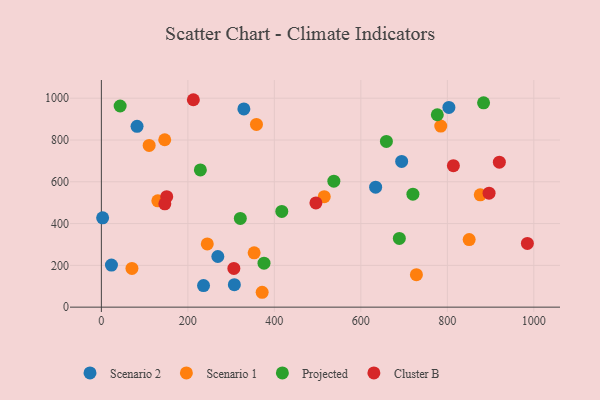
{"axis": {"x": "Experience", "y": "Profit"}, "legend": ["Cluster B", "Projected", "Scenario 1", "Scenario 2"], "data": [{"x": "269.3", "y": 242.4, "type": "Scenario 2"}, {"x": "307.5", "y": 107.4, "type": "Scenario 2"}, {"x": "236.2", "y": 103.5, "type": "Scenario 2"}, {"x": "329.5", "y": 948.6, "type": "Scenario 2"}, {"x": "694.4", "y": 697.3, "type": "Scenario 2"}, {"x": "82.5", "y": 865.3, "type": "Scenario 2"}, {"x": "23.3", "y": 201.2, "type": "Scenario 2"}, {"x": "803.6", "y": 956.0, "type": "Scenario 2"}, {"x": "634.2", "y": 574.3, "type": "Scenario 2"}, {"x": "2.9", "y": 427.5, "type": "Scenario 2"}, {"x": "110.5", "y": 773.9, "type": "Scenario 1"}, {"x": "70.7", "y": 185.2, "type": "Scenario 1"}, {"x": "358.6", "y": 874.6, "type": "Scenario 1"}, {"x": "850.5", "y": 323.5, "type": "Scenario 1"}, {"x": "130.5", "y": 508.8, "type": "Scenario 1"}, {"x": "353.3", "y": 259.8, "type": "Scenario 1"}, {"x": "244.9", "y": 302.5, "type": "Scenario 1"}, {"x": "515.4", "y": 528.5, "type": "Scenario 1"}, {"x": "728.5", "y": 155.2, "type": "Scenario 1"}, {"x": "784.8", "y": 866.7, "type": "Scenario 1"}, {"x": "876.1", "y": 537.7, "type": "Scenario 1"}, {"x": "371.8", "y": 71.2, "type": "Scenario 1"}, {"x": "146.5", "y": 801.2, "type": "Scenario 1"}, {"x": "43.4", "y": 962.6, "type": "Projected"}, {"x": "321.3", "y": 424.6, "type": "Projected"}, {"x": "376.1", "y": 210.5, "type": "Projected"}, {"x": "720.4", "y": 540.6, "type": "Projected"}, {"x": "776.8", "y": 920.7, "type": "Projected"}, {"x": "689.0", "y": 328.8, "type": "Projected"}, {"x": "228.9", "y": 656.9, "type": "Projected"}, {"x": "659.1", "y": 793.3, "type": "Projected"}, {"x": "417.2", "y": 458.0, "type": "Projected"}, {"x": "883.8", "y": 977.8, "type": "Projected"}, {"x": "537.6", "y": 603.0, "type": "Projected"}, {"x": "151.1", "y": 528.9, "type": "Cluster B"}, {"x": "212.7", "y": 992.7, "type": "Cluster B"}, {"x": "814.0", "y": 677.1, "type": "Cluster B"}, {"x": "146.7", "y": 494.6, "type": "Cluster B"}, {"x": "306.4", "y": 185.4, "type": "Cluster B"}, {"x": "896.5", "y": 545.3, "type": "Cluster B"}, {"x": "496.1", "y": 498.7, "type": "Cluster B"}, {"x": "985.1", "y": 304.8, "type": "Cluster B"}, {"x": "920.3", "y": 694.0, "type": "Cluster B"}]}